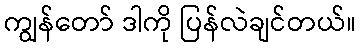
ကျွန်တော် ဒါကို ပြန်လဲချင်တယ်။